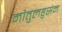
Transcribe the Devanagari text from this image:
मौतुलहुसेन